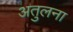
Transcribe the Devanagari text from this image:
अतुलना